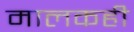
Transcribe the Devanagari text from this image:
मालकही